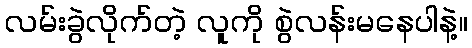
လမ်းခွဲလိုက်တဲ့ လူကို စွဲလန်းမနေပါနဲ့။